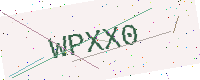
Text: WPXX0